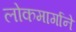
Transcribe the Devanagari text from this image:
लोकमार्गाने